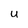
Character: U